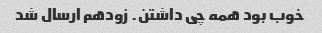
خوب بود همه چی داشتن. زودهم ارسال شد